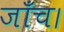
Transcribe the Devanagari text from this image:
जाँच।